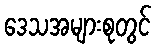
ဒေသအများစုတွင်